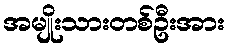
အမျိုးသားတစ်ဦးအား